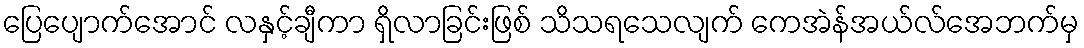
ပြေပျောက်အောင် လနှင့်ချီကာ ရှိလာခြင်းဖြစ် သိသရသေလျက် ကေအဲန်အယ်လ်အေဘက်မှ